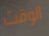
الوقت